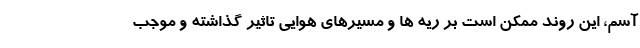
آسم، این روند ممکن است بر ریه ها و مسیرهای هوایی تاثیر گذاشته و موجب